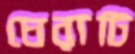
ঘেরাটি